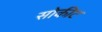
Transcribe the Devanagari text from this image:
सोकीट